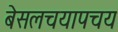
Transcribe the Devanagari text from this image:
बेसलचयापचय